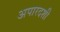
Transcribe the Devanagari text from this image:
अपारदशी